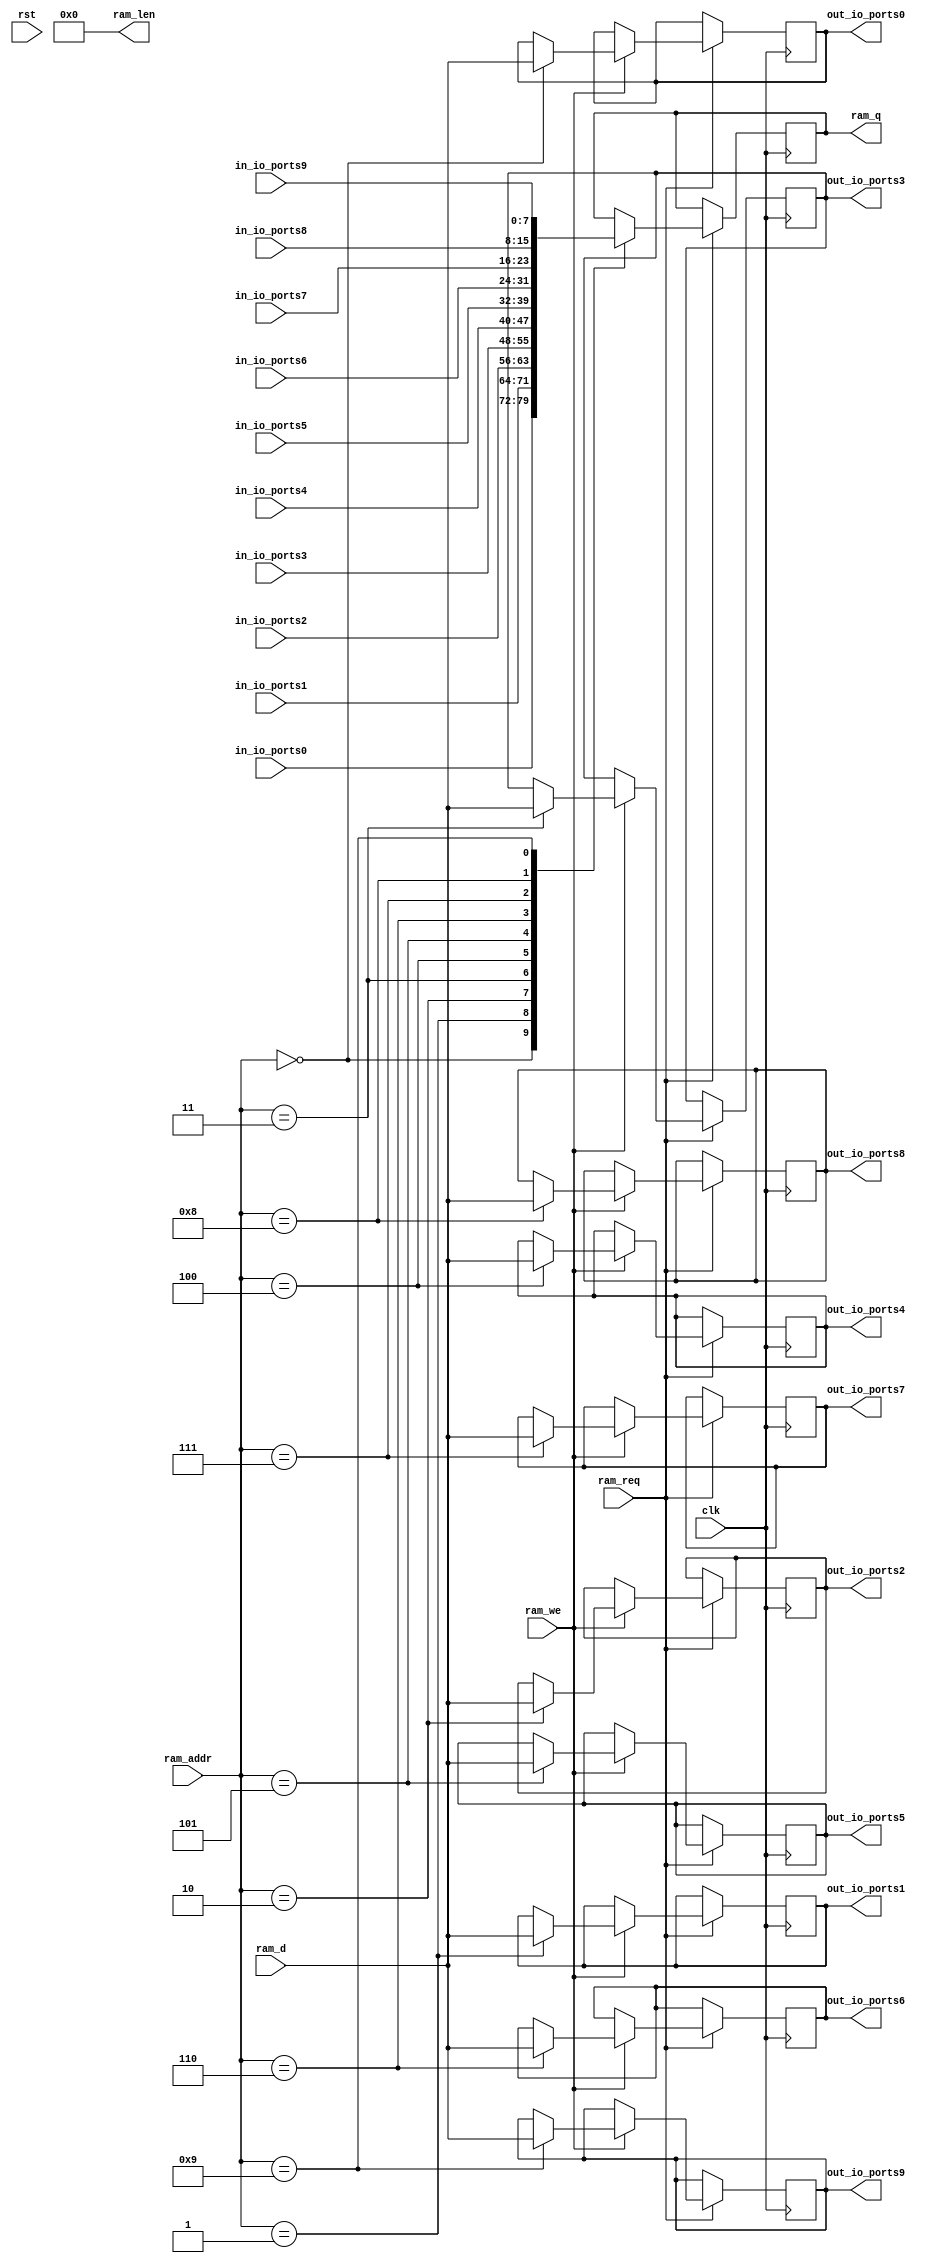
module BidirectionalSinglePortIO #
(
  parameter DATA_WIDTH = 8,
  parameter ADDR_WIDTH = 4,
  parameter RAM_LENGTH = 16,
  parameter RAM_DEPTH = 1 << (ADDR_WIDTH-1)
)
(
    input clk,
    input rst,

    input [ADDR_WIDTH-1:0] ram_addr,
    input [DATA_WIDTH-1:0] ram_d,
    input ram_req,
    input ram_we,
    output reg [DATA_WIDTH-1:0] ram_q,
    output [ADDR_WIDTH-1:0] ram_len,
  
    input wire signed [DATA_WIDTH-1:0] in_io_ports0,
    input wire signed [DATA_WIDTH-1:0] in_io_ports1,
    input wire signed [DATA_WIDTH-1:0] in_io_ports2,
    input wire signed [DATA_WIDTH-1:0] in_io_ports3,
    input wire signed [DATA_WIDTH-1:0] in_io_ports4,
    input wire signed [DATA_WIDTH-1:0] in_io_ports5,
    input wire signed [DATA_WIDTH-1:0] in_io_ports6,
    input wire signed [DATA_WIDTH-1:0] in_io_ports7,
    input wire signed [DATA_WIDTH-1:0] in_io_ports8,
    input wire signed [DATA_WIDTH-1:0] in_io_ports9,
    output reg signed [DATA_WIDTH-1:0] out_io_ports0,
    output reg signed [DATA_WIDTH-1:0] out_io_ports1,
    output reg signed [DATA_WIDTH-1:0] out_io_ports2,
    output reg signed [DATA_WIDTH-1:0] out_io_ports3,
    output reg signed [DATA_WIDTH-1:0] out_io_ports4,
    output reg signed [DATA_WIDTH-1:0] out_io_ports5,
    output reg signed [DATA_WIDTH-1:0] out_io_ports6,
    output reg signed [DATA_WIDTH-1:0] out_io_ports7,
    output reg signed [DATA_WIDTH-1:0] out_io_ports8,
    output reg signed [DATA_WIDTH-1:0] out_io_ports9
);
  assign ram_len = RAM_LENGTH;
    
  always @ (posedge clk) begin
    if (ram_req == 1) begin
        case (ram_addr)
          0: begin
            ram_q <= in_io_ports0;
          end
          1: begin
            ram_q <= in_io_ports1;
          end
          2: begin
            ram_q <= in_io_ports2;
          end
          3: begin
            ram_q <= in_io_ports3;
          end
          4: begin
            ram_q <= in_io_ports4;
          end
          5: begin
            ram_q <= in_io_ports5;
          end
          6: begin
            ram_q <= in_io_ports6;
          end
          7: begin
            ram_q <= in_io_ports7;
          end
          8: begin
            ram_q <= in_io_ports8;
          end
          9: begin
            ram_q <= in_io_ports9;
          end
        endcase

        if (ram_we == 1) begin
            case (ram_addr)
              0: begin
                out_io_ports0 <= ram_d;
              end
              1: begin
                out_io_ports1 <= ram_d;
              end
              2: begin
                out_io_ports2 <= ram_d;
              end
              3: begin
                out_io_ports3 <= ram_d;
              end
              4: begin
                out_io_ports4 <= ram_d;
              end
              5: begin
                out_io_ports5 <= ram_d;
              end
              6: begin
                out_io_ports6 <= ram_d;
              end
              7: begin
                out_io_ports7 <= ram_d;
              end
              8: begin
                out_io_ports8 <= ram_d;
              end
              9: begin
                out_io_ports9 <= ram_d;
              end
            endcase
        end
     end
  end
endmodule